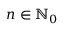
n \in \mathbb { N } _ { 0 }